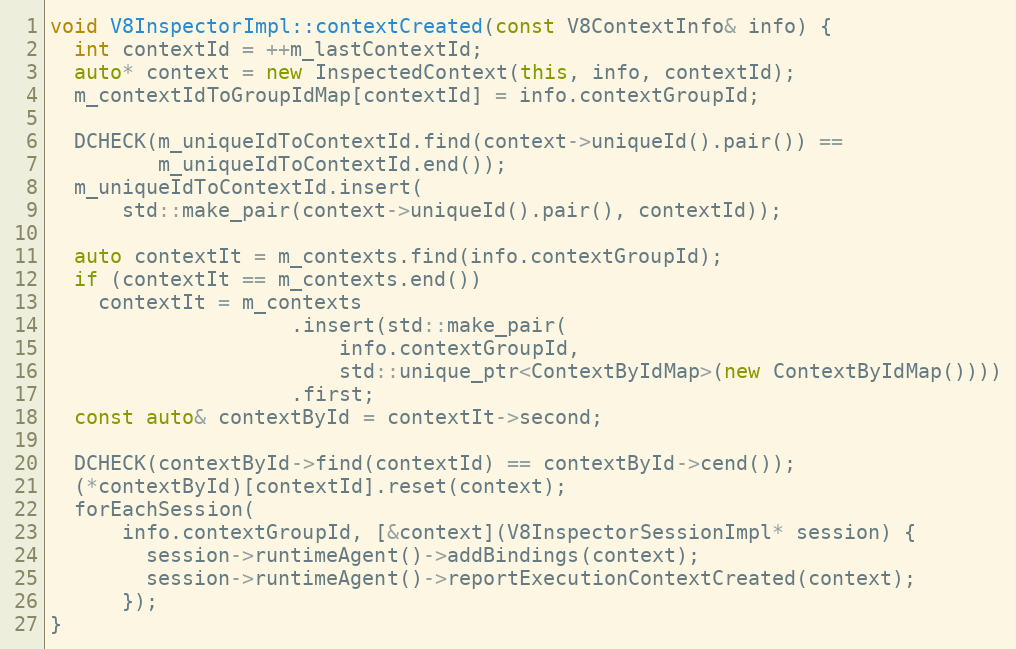
Language: C++
void V8InspectorImpl::contextCreated(const V8ContextInfo& info) {
  int contextId = ++m_lastContextId;
  auto* context = new InspectedContext(this, info, contextId);
  m_contextIdToGroupIdMap[contextId] = info.contextGroupId;

  DCHECK(m_uniqueIdToContextId.find(context->uniqueId().pair()) ==
         m_uniqueIdToContextId.end());
  m_uniqueIdToContextId.insert(
      std::make_pair(context->uniqueId().pair(), contextId));

  auto contextIt = m_contexts.find(info.contextGroupId);
  if (contextIt == m_contexts.end())
    contextIt = m_contexts
                    .insert(std::make_pair(
                        info.contextGroupId,
                        std::unique_ptr<ContextByIdMap>(new ContextByIdMap())))
                    .first;
  const auto& contextById = contextIt->second;

  DCHECK(contextById->find(contextId) == contextById->cend());
  (*contextById)[contextId].reset(context);
  forEachSession(
      info.contextGroupId, [&context](V8InspectorSessionImpl* session) {
        session->runtimeAgent()->addBindings(context);
        session->runtimeAgent()->reportExecutionContextCreated(context);
      });
}